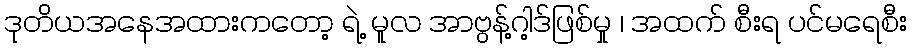
ဒုတိယအနေအထားကတော့ ရဲ့ မူလ အာဗွန့်ဂါ့ဒ်ဖြစ်မှု ၊ အထက် စီးရ ပင်မရေစီး